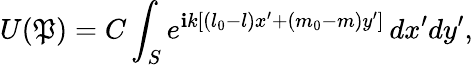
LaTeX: U(\mathfrak{P})=C\int_{S}e^{\mathbf{i}k[(l_{0}-l)x^{\prime}+(m_{0}-m)y^{\prime}]}\, dx^{\prime}dy^{\prime},